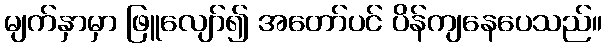
မျက်နှာမှာ ဖြူလျော်၍ အတော်ပင် ပိန်ကျနေပေသည်။